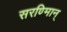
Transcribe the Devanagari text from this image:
सरण्मािन्‌